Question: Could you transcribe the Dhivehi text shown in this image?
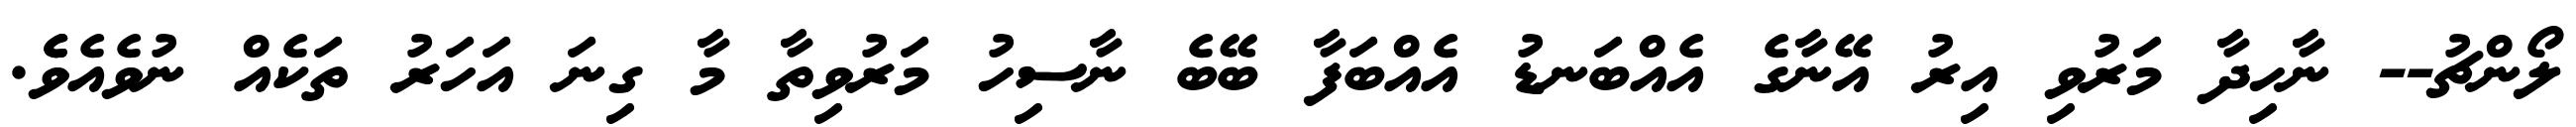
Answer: ލޯންޗު-- ނާހިދާ މަރުވި އިރު އޭނާގެ އެއްބަނޑު އެއްބަފާ ބޭބެ ނާސިހު މަރުވިތާ މާ ގިނަ އަހަރު ތަކެއް ނުވެއެވެެ.